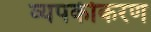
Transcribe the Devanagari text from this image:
व्यपकीकरण